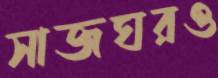
সাজঘরও